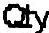
QTY